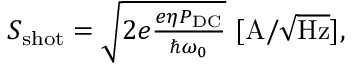
\begin{array} { r } { S _ { \mathrm { s h o t } } = \sqrt { 2 e \frac { e \eta P _ { \mathrm { D C } } } { \hbar \omega _ { 0 } } } \ \mathrm { [ A / \sqrt { H z } ] } , } \end{array}